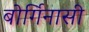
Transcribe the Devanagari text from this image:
बोर्गिनासी